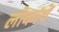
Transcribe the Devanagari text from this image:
लोकांचें